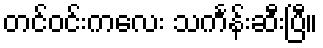
တင်ဝင်းကလေး သင်္ကန်းဆီးပြီ။